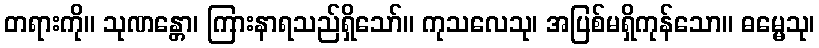
တရားကို။ သုဏန္တော၊ ကြားနာရသည်ရှိသော်။ ကုသလေသု၊ အပြစ်မရှိကုန်သော။ ဓမ္မေသု၊